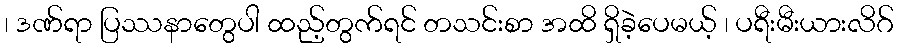
၊ ဒဏ်ရာ ပြဿနာတွေပါ ထည့်တွက်ရင် တသင်းစာ အထိ ရှိခဲ့ပေမယ့် ၊ ပရီးမီးယားလိဂ်